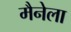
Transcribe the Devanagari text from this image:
मैनेला